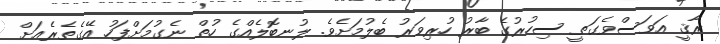
ރާޤީ އަވަސްވެގަތީ ސިހުރުގެ ބާރު ހުރިވަރު ބެލުމަށެވެ. ލުނބޮލެއްގެ ހުތް ނެގުމަށްފަހު އޭގެތެރެއަށް